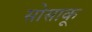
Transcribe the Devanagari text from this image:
सोसाकू